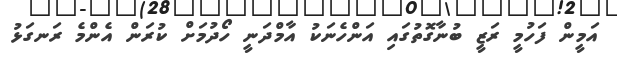
އަމީން ފަހުމީ ރަޒީ ބުނާގޮތުގައި އަންހެނަކު އާމްދަނީ ހޯދުމަށް ކުރަން އެންމެ ރަނގަޅު